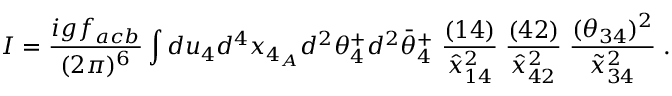
I = { \frac { i g f _ { a c b } } { ( 2 \pi ) ^ { 6 } } } \int d u _ { 4 } d ^ { 4 } x _ { 4 _ { A } } d ^ { 2 } \theta _ { 4 } ^ { + } d ^ { 2 } \bar { \theta } _ { 4 } ^ { + } \ { \frac { ( 1 4 ) } { \hat { x } _ { 1 4 } ^ { 2 } } } \; { \frac { ( 4 2 ) } { \hat { x } _ { 4 2 } ^ { 2 } } } \; { \frac { ( \theta _ { 3 4 } ) ^ { 2 } } { \tilde { x } _ { 3 4 } ^ { 2 } } } \; .